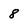
Character: 8